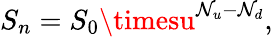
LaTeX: S_{n}=S_{0}\timesu^{\mathcal{N}_{u}-\mathcal{N}_{d}},